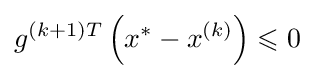
g^{(k+1)T}\left(x^{*}-x^{(k)}\right)\leqslant 0